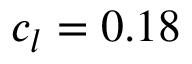
c _ { l } = 0 . 1 8